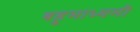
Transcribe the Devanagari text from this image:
बहुमाध्यमी